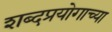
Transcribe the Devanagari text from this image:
शब्दप्रयोगाच्या